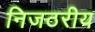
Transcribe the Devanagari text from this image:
निजठरीय